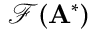
\mathcal { F } ( { \mathbf { A } } ^ { * } )